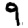
Digit: 9